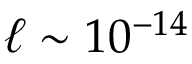
\ell \sim 1 0 ^ { - 1 4 }